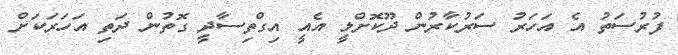
ފުރުސަތު އެ އަހަރު ސަރުކާރުން ދޫކޮށްލީ އެއީ އިގްތިސާދީ ގޮތުން ދަތި އަހަރަކަށް